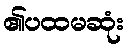
၏ပထမဆုံး